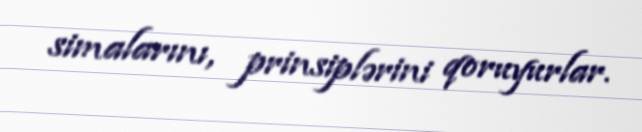
simalarını, prinsiplərini qoruyurlar.